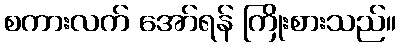
စကားလက် အော်ရန် ကြိုးစားသည်။